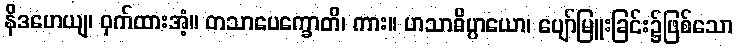
နိဒဟေယျ၊ ဝှက်ထားအံ့။ တသာပေက္ခောတိ၊ ကား။ ဟသာဓိပ္ပာယော၊ ပျော်မြူးခြင်း၌ဖြစ်သော